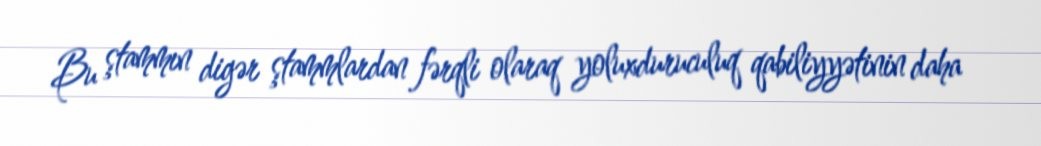
Bu ştammın digər ştammlardan fərqli olaraq yoluxduruculuq qabiliyyətinin daha